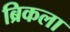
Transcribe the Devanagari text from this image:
ब्रिकला